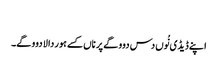
‏
اپنے ڈیڈی نُوں دس دوو گے پر ناں کسے ہور دا لا دوو گے۔